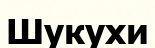
Шукухи